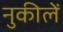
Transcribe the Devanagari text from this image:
नुकीलें